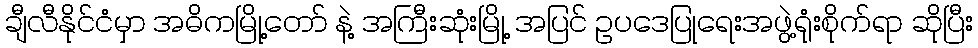
ချီလီနိုင်ငံမှာ အဓိကမြို့တော် နဲ့ အကြီးဆုံးမြို့ အပြင် ဥပဒေပြုရေးအဖွဲ့ရုံးစိုက်ရာ ဆိုပြီး